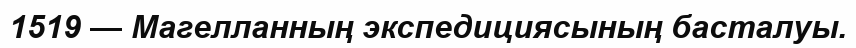
1519 — Магелланның экспедициясының басталуы.